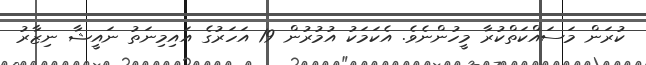
ކުރަން މަސައްކަތްކުރާ މީހުންނެވެ. އެކަމަކު އުމުރުން 19 އަހަރުގެ އައިމިނަތު ނައީޝާ ނިޒާރު